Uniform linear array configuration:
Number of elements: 16
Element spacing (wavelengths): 0.5
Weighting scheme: cosine
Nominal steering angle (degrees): -45
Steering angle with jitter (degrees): -44.351
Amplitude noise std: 0.05
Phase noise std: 0.05

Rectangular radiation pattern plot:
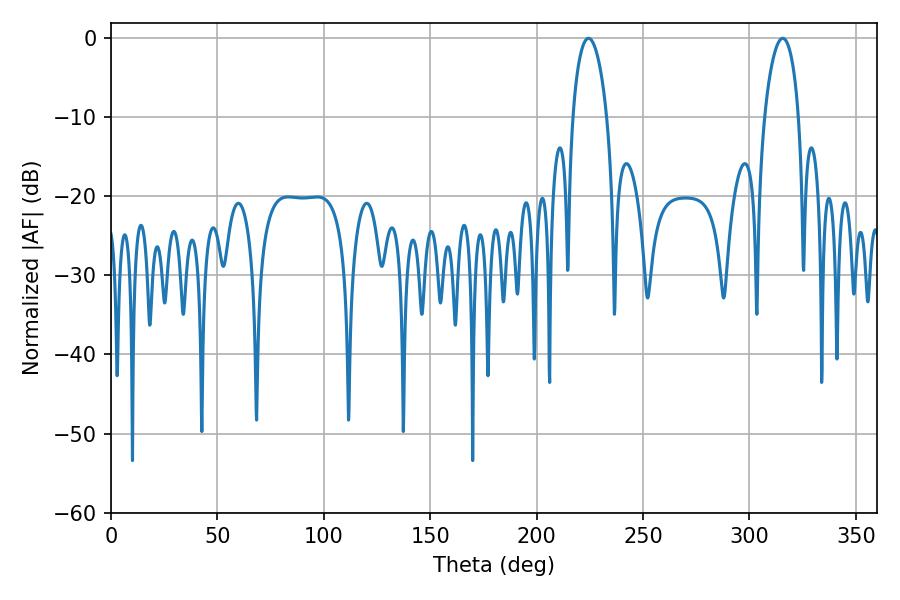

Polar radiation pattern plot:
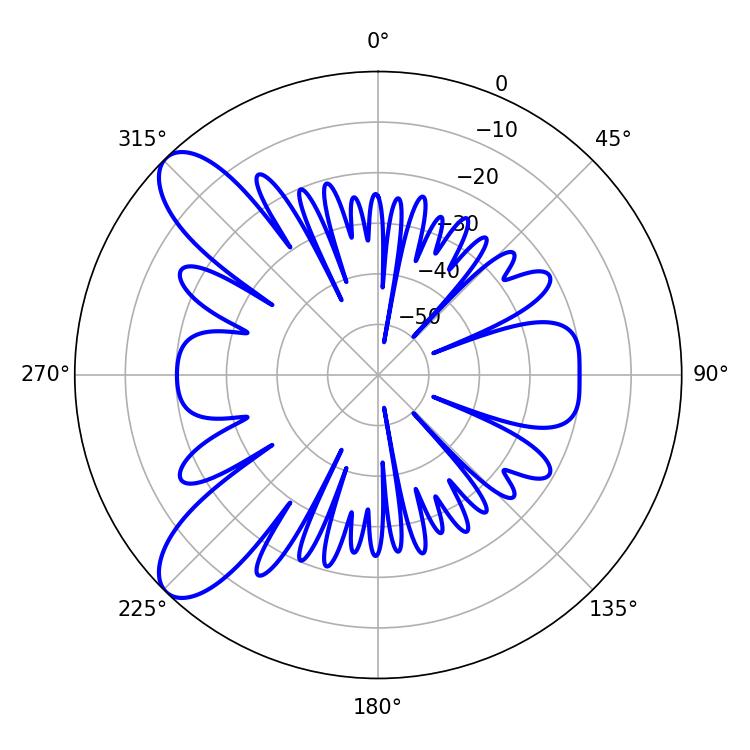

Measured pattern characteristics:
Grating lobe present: FALSE
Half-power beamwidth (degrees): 9.18
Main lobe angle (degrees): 224.28